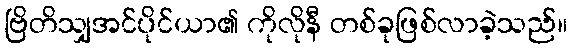
ဗြိတိသျှအင်ပိုင်ယာ၏ ကိုလိုနီ တစ်ခုဖြစ်လာခဲ့သည်။